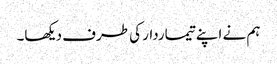
ہم نے اپنے تیماردار کی طرف دیکھا۔